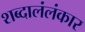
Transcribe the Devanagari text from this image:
शब्दालंलंकार